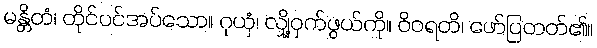
မန္တိတံ၊ တိုင်ပင်အပ်သော။ ဂုယှံ၊ လျှို့ဝှက်ဖွယ်ကို။ ဝိဝရတိ၊ ဖော်ပြတတ်၏။